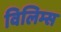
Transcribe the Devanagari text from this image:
विलिम्स